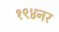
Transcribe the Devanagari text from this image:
१९४नर